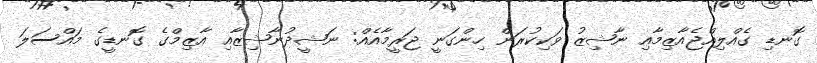
ގޮނޑި ގެއްލިއްޖެއާޒިމާއި ނާޝިޒު ވަކިކުރަން ހިންގަނީ ޖަރީމާއެއް: ނަޝީދުނާޝިޒާއި އާޒިމްގެ ގޮނޑީގެ މައްސަލަ